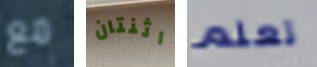
مع اثنتان تعلم